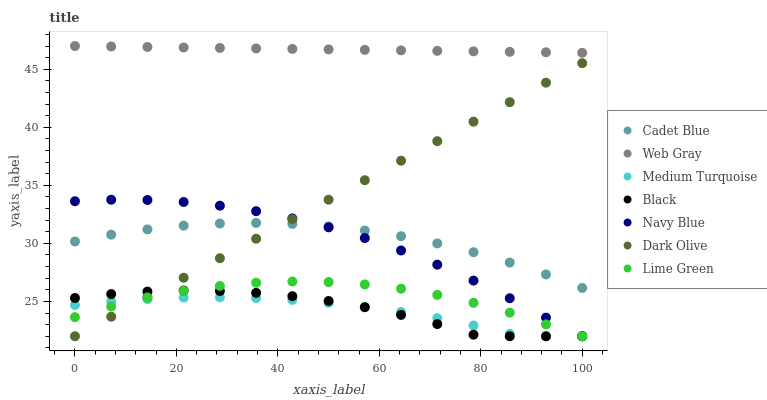
| xaxis_label | Cadet Blue | Web Gray | Medium Turquoise | Black | Navy Blue | Dark Olive | Lime Green |
 | --- | --- | --- | --- | --- | --- | --- | --- |
 | 0 | 30.2 | 47 | 24.7 | 25.3 | 33.6 | 22 | 23.6 |
 | 7.14 | 30.8 | 47 | 25 | 25.6 | 33.8 | 23.7 | 24.6 |
 | 14.3 | 31.2 | 46.9 | 25.2 | 25.8 | 33.7 | 25.4 | 25.3 |
 | 21.4 | 31.5 | 46.9 | 25.3 | 25.9 | 33.6 | 27 | 25.9 |
 | 28.6 | 31.7 | 46.8 | 25.4 | 25.9 | 33.2 | 28.7 | 26.3 |
 | 35.7 | 31.8 | 46.8 | 25.3 | 25.7 | 32.8 | 30.4 | 26.6 |
 | 42.9 | 31.7 | 46.8 | 25.1 | 25.5 | 32.2 | 32.1 | 26.7 |
 | 50 | 31.5 | 46.7 | 24.9 | 25 | 31.4 | 33.8 | 26.7 |
 | 57.1 | 31.1 | 46.7 | 24.5 | 24.5 | 30.5 | 35.4 | 26.5 |
 | 64.3 | 30.6 | 46.6 | 24.1 | 23.8 | 29.4 | 37.1 | 26.1 |
 | 71.4 | 30 | 46.6 | 23.6 | 23 | 28.2 | 38.8 | 25.6 |
 | 78.6 | 29.2 | 46.5 | 22.9 | 22.1 | 26.8 | 40.5 | 24.9 |
 | 85.7 | 28.3 | 46.5 | 22.2 | 22 | 25.3 | 42.2 | 24 |
 | 92.9 | 27.3 | 46.5 | 22 | 22 | 23.6 | 43.8 | 23 |
 | 100 | 26.2 | 46.4 | 22 | 22 | 22 | 45.5 | 22 |